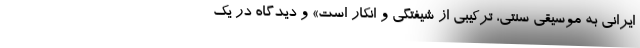
ایرانی به موسیقی سنتی، ترکیبی از شیفتگی و انکار است» و دیدگاه در یک